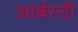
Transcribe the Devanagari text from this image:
आर्बरची